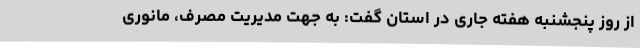
از روز پنجشنبه هفته جاری در استان گفت: به جهت مدیریت مصرف، مانوری